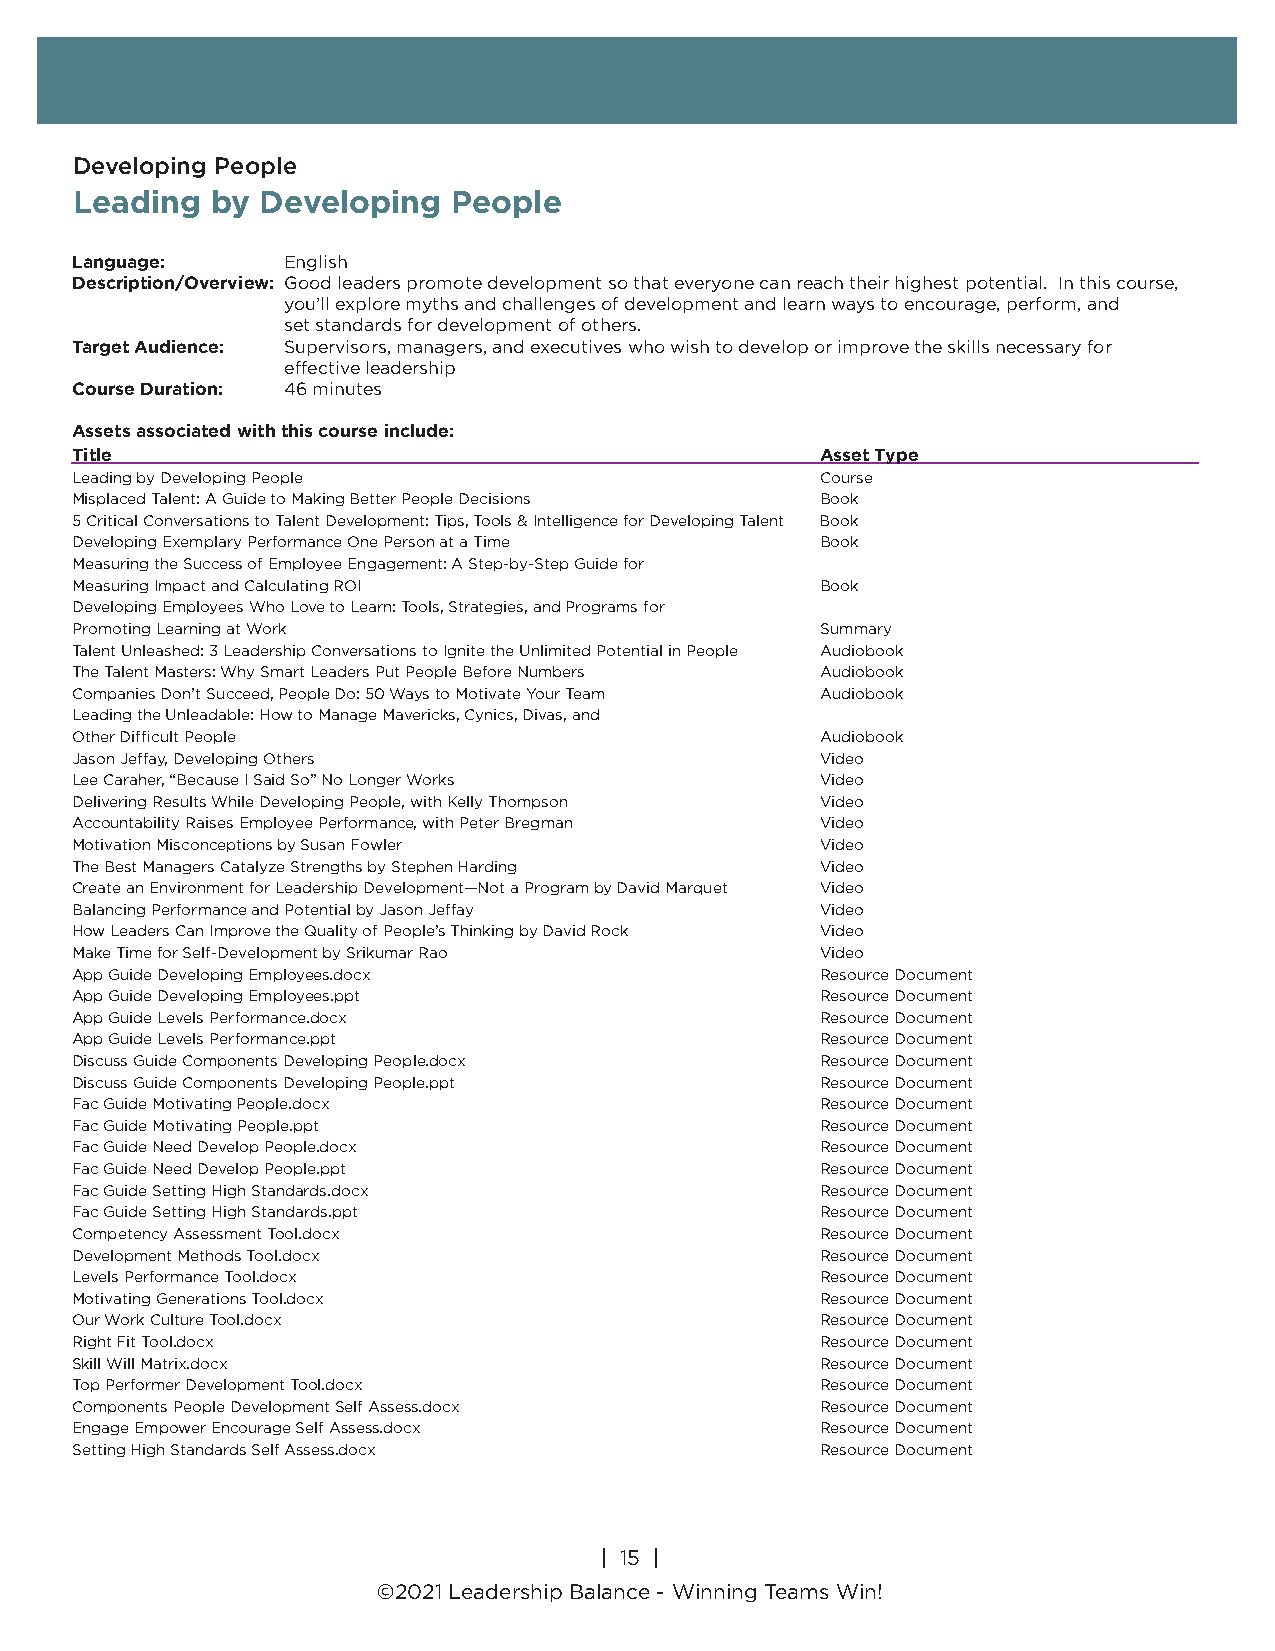
Developing People
 Leading  by Developing   People
 Language:     English
 Description/Overview: Good leaders promote development so that everyone can reach their highest potential. In this course,
 you’ll explore myths and challenges of development and learn ways to encourage, perform, and
 set standards for development of others.
 Target Audience: Supervisors, managers, and executives who wish to develop or improve the skills necessary for
 effective leadership
 Course Duration: 46 minutes
 Assets associated with this course include:
 Title                                            Asset Type
 Leading by Developing People                     Course
 Misplaced Talent: A Guide to Making Better People Decisions Book
 5 Critical Conversations to Talent Development: Tips, Tools & Intelligence for Developing Talent Book
 Developing Exemplary Performance One Person at a Time Book
 Measuring the Success of Employee Engagement: A Step-by-Step Guide for
 Measuring Impact and Calculating ROI             Book
 Developing Employees Who Love to Learn: Tools, Strategies, and Programs for
 Promoting Learning at Work                       Summary
 Talent Unleashed: 3 Leadership Conversations to Ignite the Unlimited Potential in People Audiobook
 The Talent Masters: Why Smart Leaders Put People Before Numbers Audiobook
 Companies Don’t Succeed, People Do: 50 Ways to Motivate Your Team Audiobook
 Leading the Unleadable: How to Manage Mavericks, Cynics, Divas, and
 Other Difficult People                           Audiobook
 Jason Jeffay, Developing Others                  Video
 Lee Caraher, “Because I Said So” No Longer Works Video
 Delivering Results While Developing People, with Kelly Thompson Video
 Accountability Raises Employee Performance, with Peter Bregman Video
 Motivation Misconceptions by Susan Fowler        Video
 The Best Managers Catalyze Strengths by Stephen Harding Video
 Create an Environment for Leadership Development—Not a Program by David Marquet Video
 Balancing Performance and Potential by Jason Jeffay Video
 How Leaders Can Improve the Quality of People’s Thinking by David Rock Video
 Make Time for Self-Development by Srikumar Rao   Video
 App Guide Developing Employees.docx              Resource Document
 App Guide Developing Employees.ppt               Resource Document
 App Guide Levels Performance.docx                Resource Document
 App Guide Levels Performance.ppt                 Resource Document
 Discuss Guide Components Developing People.docx  Resource Document
 Discuss Guide Components Developing People.ppt   Resource Document
 Fac Guide Motivating People.docx                 Resource Document
 Fac Guide Motivating People.ppt                  Resource Document
 Fac Guide Need Develop People.docx               Resource Document
 Fac Guide Need Develop People.ppt                Resource Document
 Fac Guide Setting High Standards.docx            Resource Document
 Fac Guide Setting High Standards.ppt             Resource Document
 Competency Assessment Tool.docx                  Resource Document
 Development Methods Tool.docx                    Resource Document
 Levels Performance Tool.docx                     Resource Document
 Motivating Generations Tool.docx                 Resource Document
 Our Work Culture Tool.docx                       Resource Document
 Right Fit Tool.docx                              Resource Document
 Skill Will Matrix.docx                           Resource Document
 Top Performer Development Tool.docx              Resource Document
 Components People Development Self Assess.docx   Resource Document
 Engage Empower Encourage Self Assess.docx        Resource Document
 Setting High Standards Self Assess.docx          Resource Document
 | 15 |
 ©2018 Leadership Balance®, division of Liderança Group, Inc.
 | 15 |
 ©2021 Leadership Balance - Winning Teams Win!